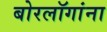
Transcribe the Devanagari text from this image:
बोरलॉगांना